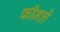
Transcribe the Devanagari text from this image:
फीनले